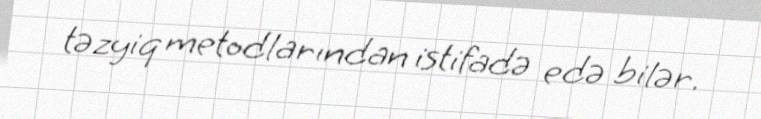
təzyiq metodlarından istifadə edə bilər.